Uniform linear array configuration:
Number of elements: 4
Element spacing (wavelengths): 0.25
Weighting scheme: binomial
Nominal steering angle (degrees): -15
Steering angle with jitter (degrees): -13.246
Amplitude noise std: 0.05
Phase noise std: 0.05

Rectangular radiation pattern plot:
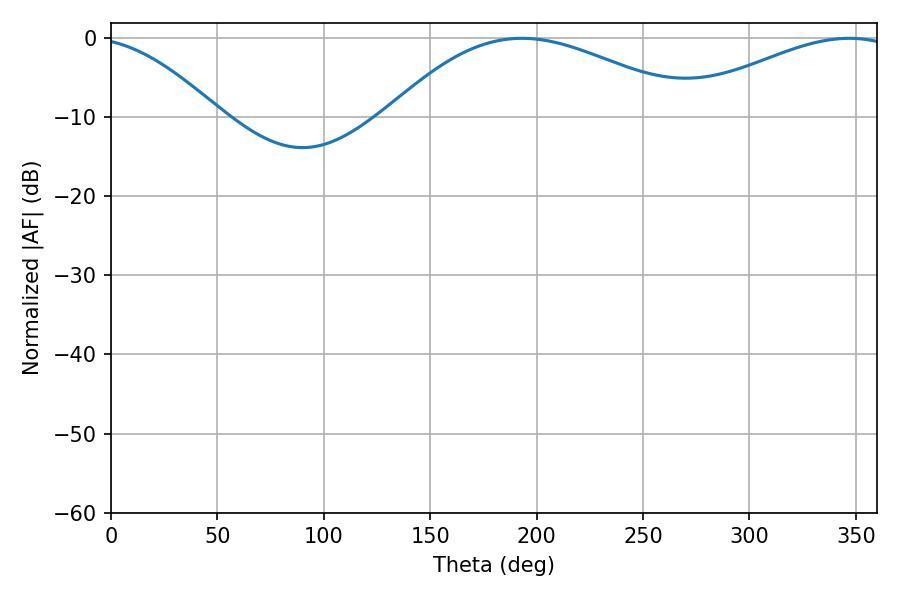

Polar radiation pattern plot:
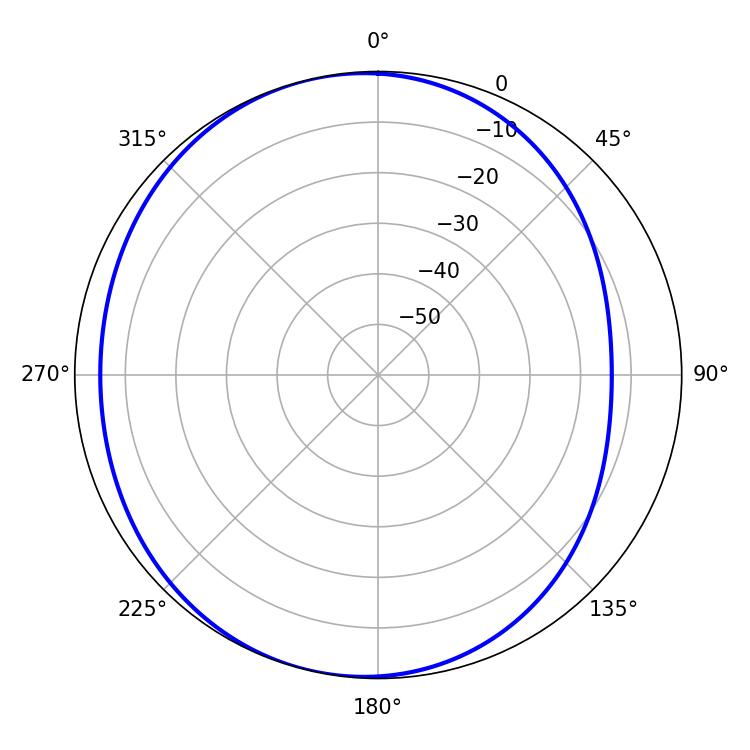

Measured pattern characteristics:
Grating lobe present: FALSE
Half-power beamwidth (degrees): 78.48
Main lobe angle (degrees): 193.14